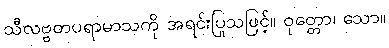
သီလဗ္ဗတပရာမာသကို အရင်းပြုသဖြင့်။ ဝုတ္တော၊ သော။